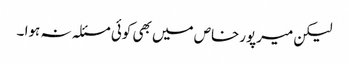
لیکن میرپورخاص میں بھی کوئی مسئلہ نہ ہوا ۔